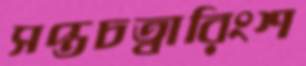
সপ্তচত্বারিংশ